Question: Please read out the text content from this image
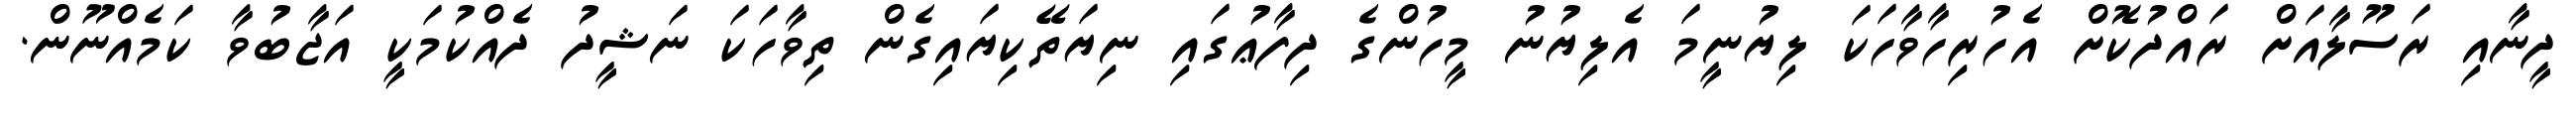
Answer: ދީނާއި ރަސޫލާއަށް ރައްދުކޮށް އެހުރިހާވާހަކަ ލިޔުނީމަ އެލިޔުނު މީހުންގެ ދިފާޢުގައި ނިޔަތޭކިޔައިގެން ތިވާހަކަ ނަޝީދު ދެއްކުމަކީ އަޖާބުވާ ކަމެއްނޫން.